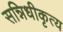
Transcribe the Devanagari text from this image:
सन्निधीकृत्य